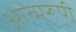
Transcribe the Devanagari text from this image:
आत्मरूपी